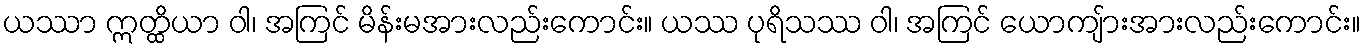
ယဿာ ဣတ္ထိယာ ဝါ၊ အကြင် မိန်းမအားလည်းကောင်း။ ယဿ ပုရိသဿ ဝါ၊ အကြင် ယောကျ်ားအားလည်းကောင်း။